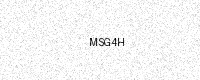
Text: MSG4H